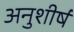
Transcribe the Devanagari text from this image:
अनुशीर्ष